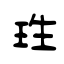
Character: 珄